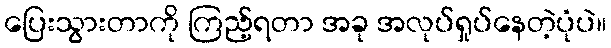
ပြေးသွားတာကို ကြည့်ရတာ အခု အလုပ်ရှုပ်နေတဲ့ပုံပဲ။